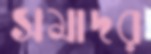
সমাদর